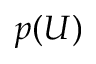
p ( U )